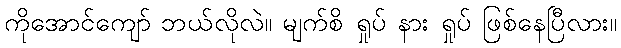
ကိုအောင်ကျော် ဘယ်လိုလဲ။ မျက်စိ ရှုပ် နား ရှုပ် ဖြစ်နေပြီလား။